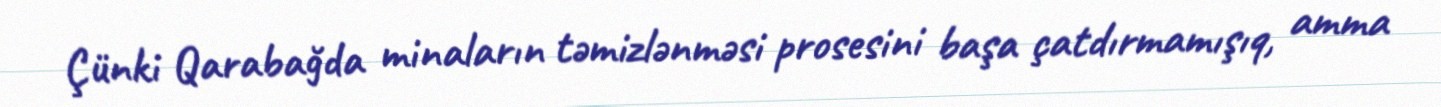
Çünki Qarabağda minaların təmizlənməsi prosesini başa çatdırmamışıq, amma